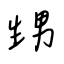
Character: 甥